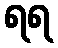
ရရ